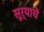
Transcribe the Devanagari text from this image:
सूर्याचें